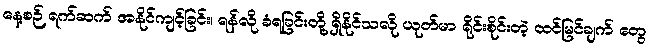
နေ့စဉ် ရက်ဆက် အနိုင်ကျင့်ခြင်း၊ ရန်လို ခံရခြင်းတို့ ရှိနိုင်သလို ယုတ်မာ ရိုင်းစိုင်းတဲ့ ထင်မြင်ချက် တွေ